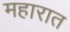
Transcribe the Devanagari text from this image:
महारात